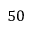
5 0